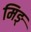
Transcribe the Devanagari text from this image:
मिङ्